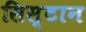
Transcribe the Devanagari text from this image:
सिस्टान